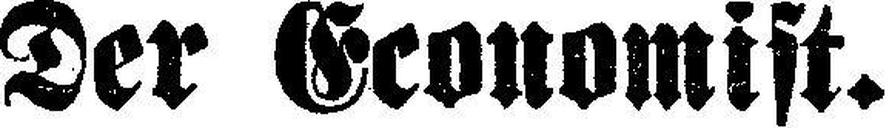
Der Economist.